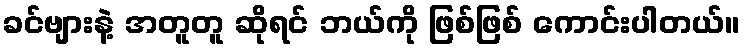
ခင်ဗျားနဲ့ အတူတူ ဆိုရင် ဘယ်ကို ဖြစ်ဖြစ် ကောင်းပါတယ်။